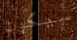
سيكون